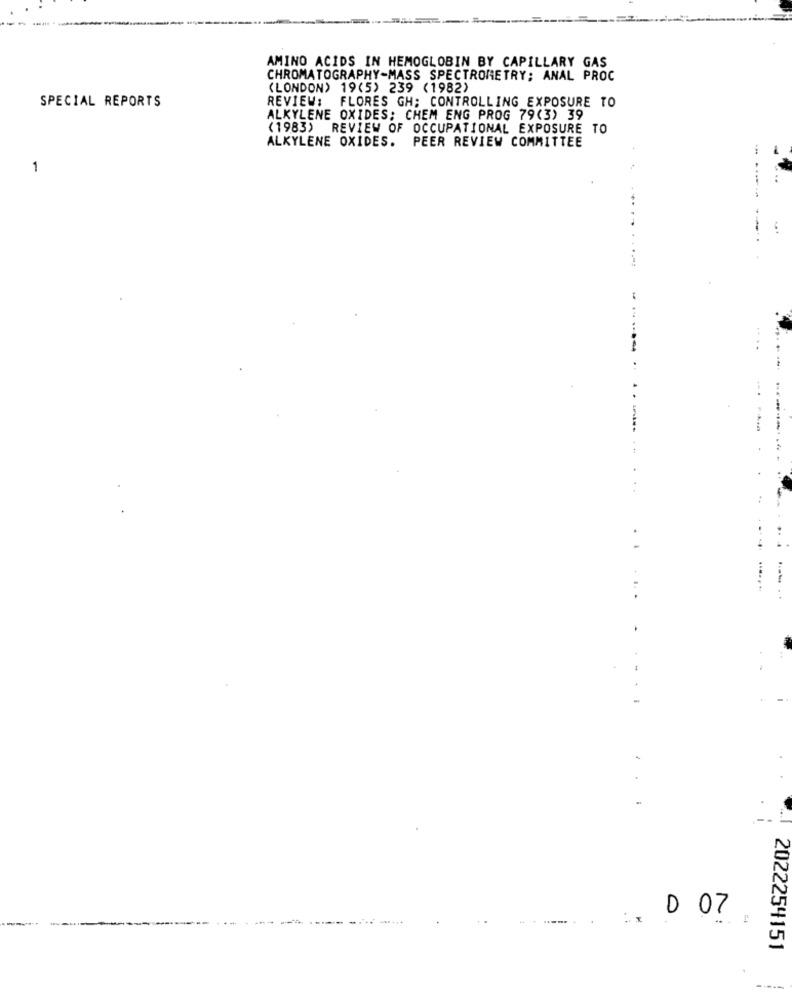
AMINO ACIDS IN HEMOGLOBIN BY CAPILLARY GAS
CHROMATOGRAPHY-MASS SPECTROMETRY; ANAL PROC
(LONDON) 19(5) 239 (1982)
REVIEW: FLORES GH; CONTROLLING EXPOSURE TO
SPECIAL REPORTS
ALKYLENE OXIDES: CHEM ENG PROG 79(3) 39
(1983) REVIEW OF OCCUPATIONAL EXPOSURE TO
ALKYLENE OXIDES. PEER REVIEW COMMITTEE
1
....
...
0 07
2022254151